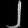
Digit: ၂